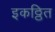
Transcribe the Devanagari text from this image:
इकठ्ठित